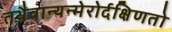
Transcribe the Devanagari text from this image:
तथैवान्यन्मेरोर्दक्षिणतो